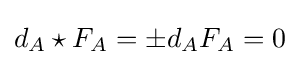
d_{A}\star F_{A}=\pm d_{A}F_{A}=0